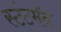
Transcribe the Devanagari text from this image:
स्टंटमॅन